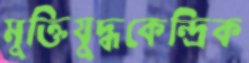
মুক্তিযুদ্ধকেন্দ্রিক